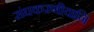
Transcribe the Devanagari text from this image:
संघकरणीयानि